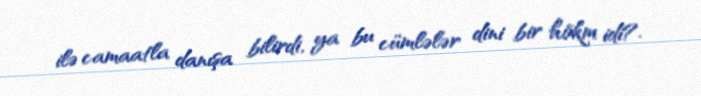
ilə camaatla danışa bilirdi, ya bu cümlələr dini bir hökm idi?.